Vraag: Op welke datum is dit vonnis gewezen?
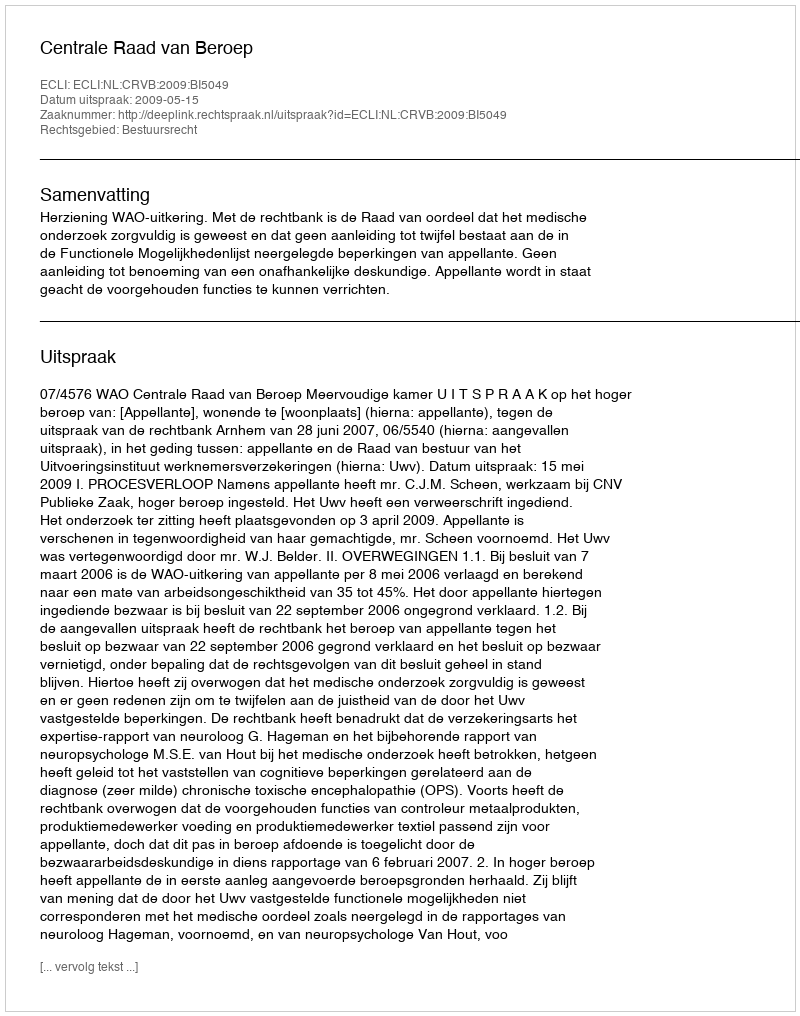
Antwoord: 2009-05-15